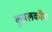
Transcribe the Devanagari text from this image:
कुयलकॉम